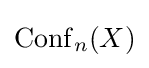
\operatorname {Conf} _{n}(X)